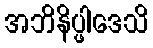
အဘိနိပ္ဖါဒေသိ